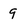
Character: 9